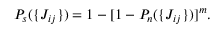
P _ { s } ( \{ J _ { i j } \} ) = 1 - [ 1 - P _ { n } ( \{ J _ { i j } \} ) ] ^ { m } .